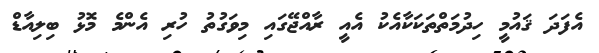
އެފަދަ ޤައުމީ ހިދުމަތްތަކަކާއެކު އެއީ ރާއްޖޭގައި މިވަގުތު ހުރި އެންމެ މޮޅު ބިލިއާޑް